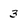
Character: 3